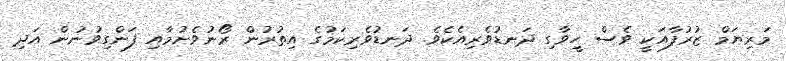
މަރިޔަމް ޒުރުފާއަކީ ވެސް ހީވާގި ދަނޑުވެރިއެކެވެ. ދަނޑުވެރިކަމުގެ އިތުރުން ރޯނުވެށުމާއި ފަންގިވުނުން އަދި